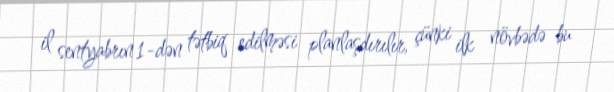
il sentyabrın 1-dən tətbiq edilməsi planlaşdırılır, çünki ilk növbədə bu